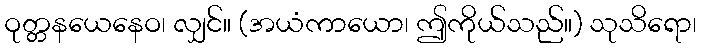
ဝုတ္တနယေနေဝ၊ လျှင်။ (အယံကာယော၊ ဤကိုယ်သည်။) သုသိရော၊